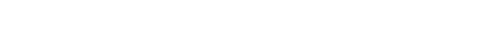
ဖြစ်သည်ဟူ၍ကား အခိုင်အမာ ယုံကြည်လျက် သို့သော် သူသည် ကပ္ပတိန်ဂျွန်ကိုတော့ အခြား လူများ အပေါ်